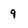
Character: 9